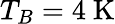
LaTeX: T_{B}=4~\mathrm{K}